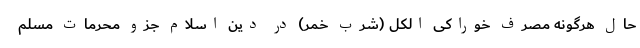
حال هرگونه مصرف خوراکی الکل (شرب خمر) در دین اسلام جزو محرمات مسلم